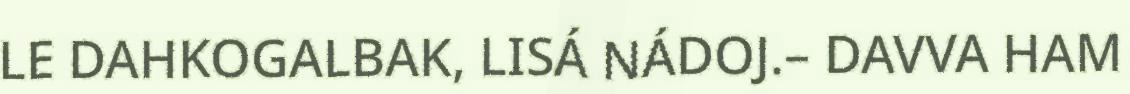
LE DAHKOGALBAK, LISÁ NÁDOJ.– DAVVA HAM